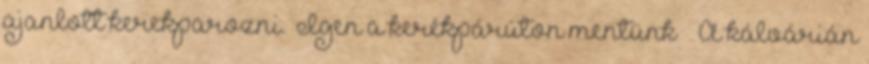
ajanlott kerekparozni. „Igen a kerékpárúton mentünk ” „A kálvárián